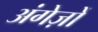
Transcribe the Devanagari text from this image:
अंगेज़ों